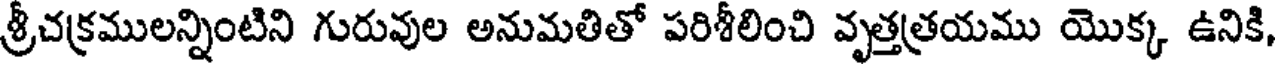
శ్రీచక్రములన్నింటిని గురువుల అనుమతితో పరిశీలించి వృత్తత్రయము యొక్క ఉనికి,